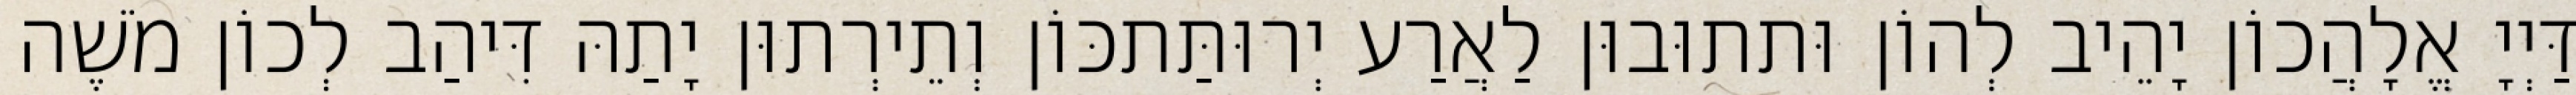
דַּיְיָ אֱלָהֲכוֹן יָהֵיב לְהוֹן וּתתוּבוּן לַאֲרַע יְרוּתַּתכּוֹן וְתֵירְתוּן יָתַהּ דִּיהַב לְכוֹן מֹשֶׁה